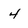
Character: 4